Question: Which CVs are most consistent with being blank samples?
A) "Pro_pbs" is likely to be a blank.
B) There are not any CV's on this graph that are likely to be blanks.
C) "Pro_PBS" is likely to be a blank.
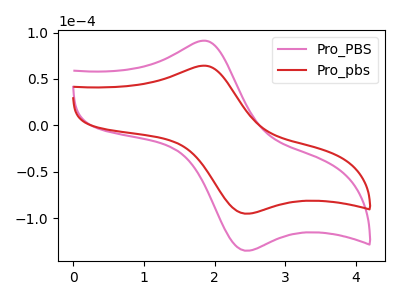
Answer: <think>The pink curve "Pro_PBS" has an anodic peak at (1.85V, 91.20uA) and a cathodic peak at (2.45V, -135.15uA). The red curve "Pro_pbs" has an anodic peak at (1.85V, 64.25uA) and a cathodic peak at (2.45V, -95.25uA).</think>
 <answer>B) There are not any CV's on this graph that are likely to be blanks.</answer>
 <eval>B</eval>